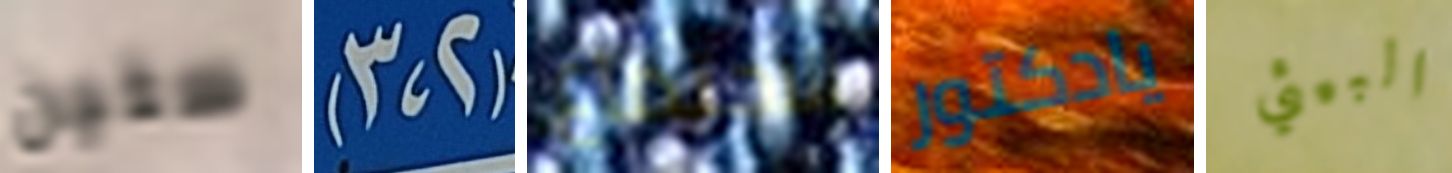
ستين (2،3) الاجتماع يادكتور البيئي